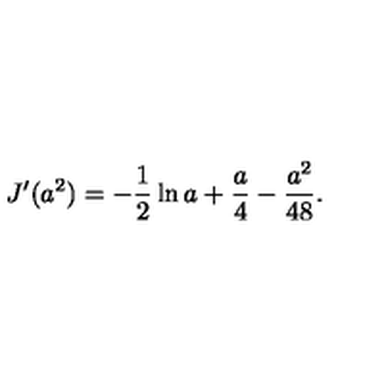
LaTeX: J ^ { \prime } ( a ^ { 2 } ) = - { \frac { 1 } { 2 } } \ln a + { \frac { a } { 4 } } - { \frac { a ^ { 2 } } { 4 8 } } .